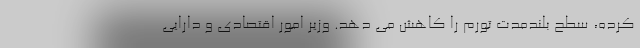
کرده، سطح بلندمدت تورم را کاهش می دهد. وزیر امور اقتصادی و دارایی